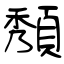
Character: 頺